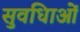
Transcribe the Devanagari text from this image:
सुवधिाओं